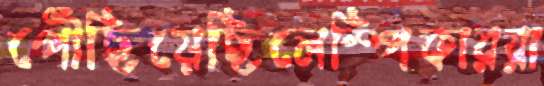
পৌঁছিয়েছিলেস্পিকাররা